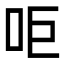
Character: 𠰠